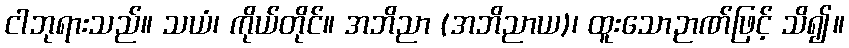
ငါဘုရားသည်။ သယံ၊ ကိုယ်တိုင်။ အဘိညာ (အဘိညာယ)၊ ထူးသောဉာဏ်ဖြင့် သိ၍။